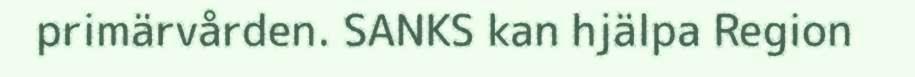
primärvården. SANKS kan hjälpa Region